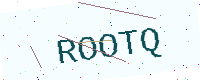
Text: ROOTQ